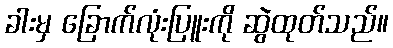
ခါးမှ ခြောက်လုံးပြူးကို ဆွဲထုတ်သည်။